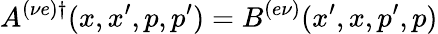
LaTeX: A^{(\nu e)\dagger}(x,x^{\prime},p,p^{\prime})=B^{(e\nu)}(x^{\prime},x,p^{\prime},p)